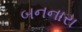
બનનારા